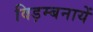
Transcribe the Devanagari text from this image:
विड़म्बनायें